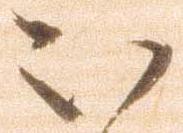
被